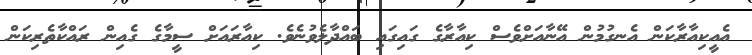
އެއީކިއާރާކަން އެނގުމުން އޭނާއަށްވެސް ކިއާރާގެ ގައިގައި ބައްދާލެވުނެވެ. ކިއާރައަށް ސީމާގެ ގެއިން ރައްކާތެރިކަން